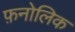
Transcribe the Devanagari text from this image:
फ़नोलिक